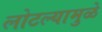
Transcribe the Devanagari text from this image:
लोटल्यामुळे